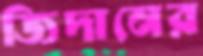
জিদানের